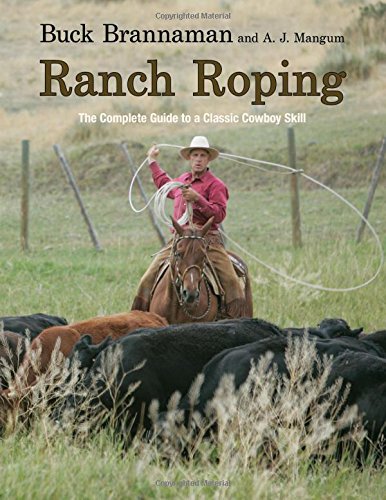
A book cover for Ranch Roping: The Complete Guide To A Classic Cowboy Skill; Buck Brannaman; Sports & Outdoors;